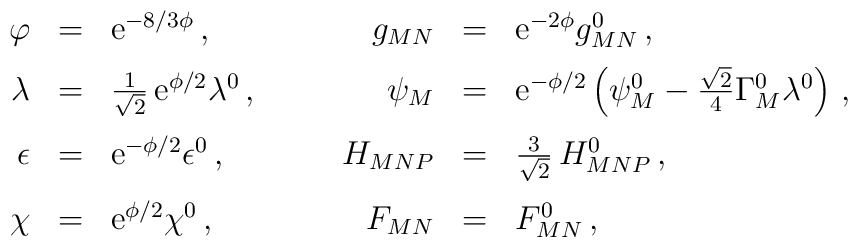
\begin{array}{rclcrcl}\varphi &=& {\rm e}^{-8/3 \phi} \,,&\quad&g_{MN} & = &  {\rm e}^{-2 \phi} g_{MN}^0\,, \\[2mm]\lambda & = & \frac{1}{\sqrt2} \, {\rm e}^{\phi/2} \lambda^0\,, &\quad&\psi_{M} & = & {\rm e}^{-\phi/2} \left(\psi_{M}^0 - \frac{\sqrt{2}}{4}\Gamma_{M}^0 \lambda^0\right)\,, \\[3mm]\epsilon &  = & {\rm e}^{-\phi/2}\epsilon^0\,, &\quad& H_{MNP} &=& \frac{3}{\sqrt2}\,H_{MNP}^0\,,\\[3mm]\chi &  = & {\rm e}^{\phi/2}\chi^0\,, &\quad& F_{MN} &=& F_{MN}^0\,,\end{array}